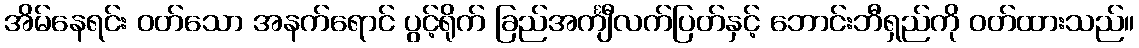
အိမ်နေရင်း ဝတ်သော အနက်ရောင် ပွင့်ရိုက် ခြည်အင်္ကျီလက်ပြတ်နှင့် ဘောင်းဘီရှည်ကို ဝတ်ထားသည်။